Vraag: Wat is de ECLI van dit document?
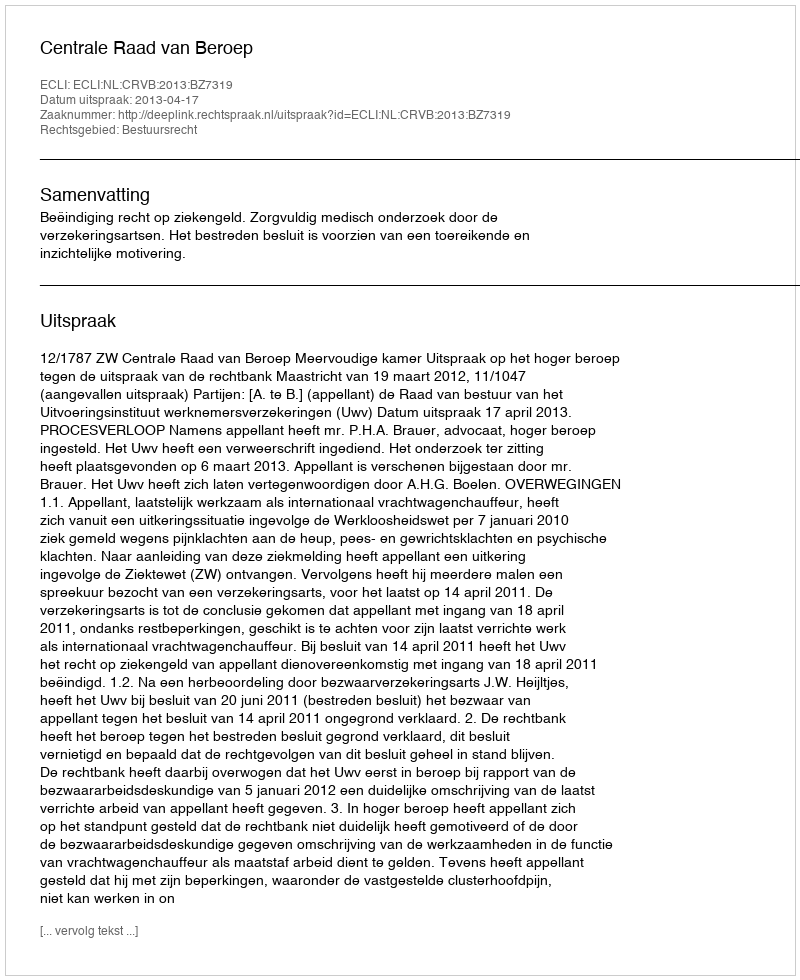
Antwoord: ECLI:NL:CRVB:2013:BZ7319